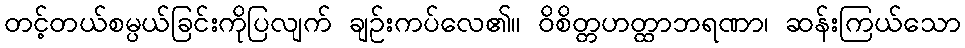
တင့်တယ်စမ္ပယ်ခြင်းကိုပြလျက် ချဉ်းကပ်လေ၏။ ဝိစိတ္တဟတ္ထာဘရဏာ၊ ဆန်းကြယ်သော